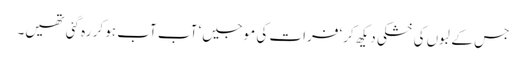
جس کے لبوں کی خشکی دیکھ کر‘ فرات کی موجیں‘ آب آب ہو کر رہ گئی تھیں۔